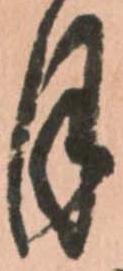
月